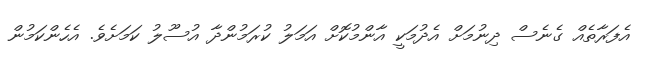
އެފަރާތެއް ގެނެސް ދިނުމަށް އެދުމަކީ އާންމުކޮށް އަމަލު ކުރަމުންދާ އުސޫލު ކަމަށެވެ. އެހެންކަމުން